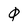
Character: 0